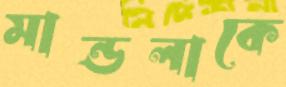
মান্ডলাকে